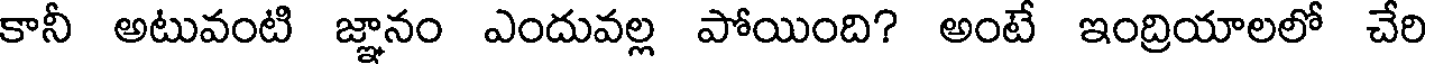
కానీ అటువంటి జ్ఞానం ఎందువల్ల పోయింది? అంటే ఇంద్రియాలలో చేరి